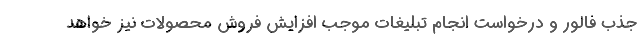
جذب فالور و درخواست انجام تبلیغات موجب افزایش فروش محصولات نیز خواهد